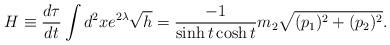
LaTeX: \begin{align*}H\equiv \frac{d\tau}{dt}\int d^{2}x e^{2\lambda}\sqrt{h} =\frac{-1}{\sinh t\cosh t}m_{2}\sqrt{(p_{1})^{2}+(p_{2})^{2}}.\end{align*}